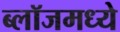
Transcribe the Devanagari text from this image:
ब्लॉजमध्ये